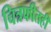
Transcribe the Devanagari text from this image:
चित्रफीतही